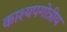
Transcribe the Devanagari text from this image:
काश्यपगोत्रीय